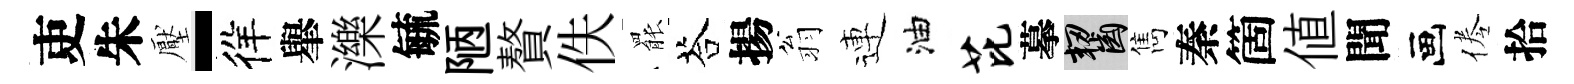
吏朱壓-徉𦦙濼毓陋贅佚罷荅揚翁連油芘摹齧雋秦箇值聞画倦拾